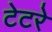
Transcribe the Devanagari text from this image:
टेटरे